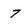
Character: 7